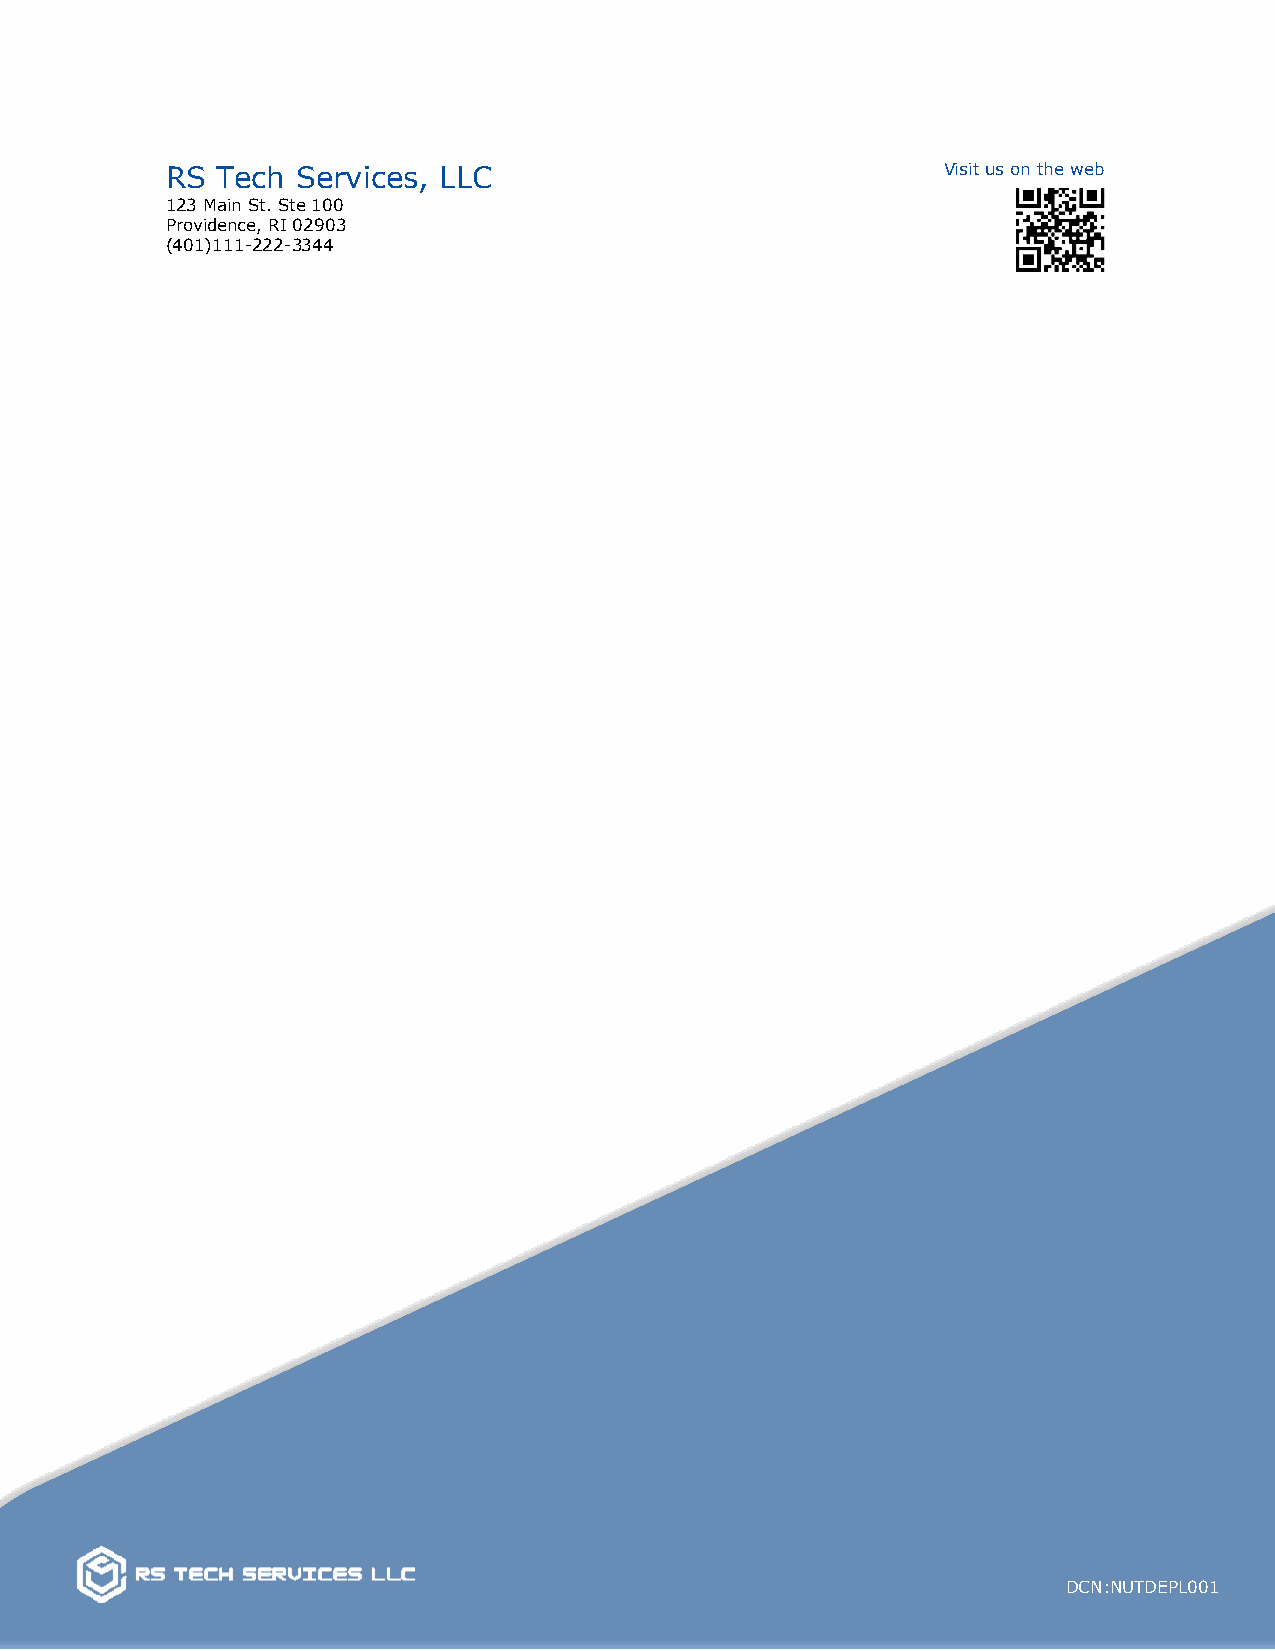
RS Tech  Services, LLC                             Visit us on the web
 123 Main St. Ste 100
 Providence, RI 02903
 (401)111-222-3344
 DCN:NUTDEPL001